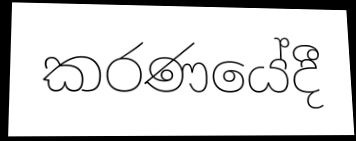
කරණයේදී